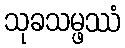
သုခသမ္ဖဿံ